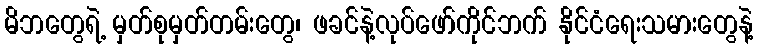
မိဘတွေရဲ့ မှတ်စုမှတ်တမ်းတွေ၊ ဖခင်နဲ့လုပ်ဖော်ကိုင်ဘက် နိုင်ငံရေးသမားတွေနဲ့